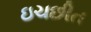
ઇચછીત